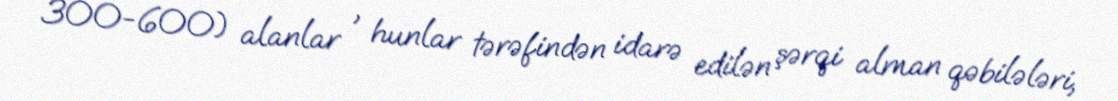
300-600) alanlar , hunlar tərəfindən idarə edilən şərqi alman qəbilələri,